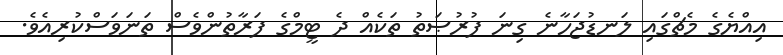
އިއްޔެގެ މެޗްގައި ލަނޑުޖަހާނެ ގިނަ ފުރުޞަތު ތަކެއް ދެ ޓީމްގެ ފަރާތުންވެސް ތަނަވަސްކުރިއެވެ.